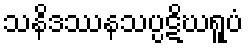
သနိဒဿနသပ္ပဋိဃရူပံ